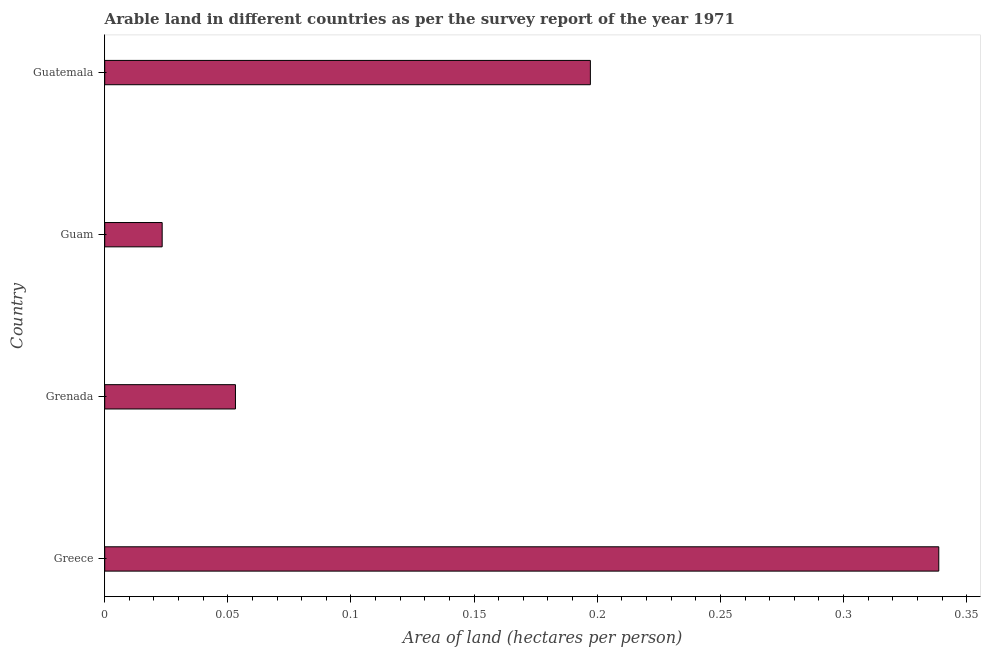
| Country | Arable land |
 | --- | --- |
 | Greece | 0.339 |
 | Grenada | 0.0531 |
 | Guam | 0.0233 |
 | Guatemala | 0.197 |